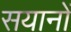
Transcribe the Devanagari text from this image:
सयानों